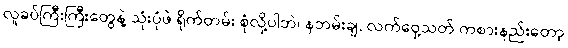
လူခပ်ကြီးကြီးတွေနဲ့ သုံးပုံဖဲ ရိုက်တမ်း စုံလို့ပါဘဲ၊ နဘမ်းချ, လက်ဝှေ့သတ် ကစားနည်းတော့